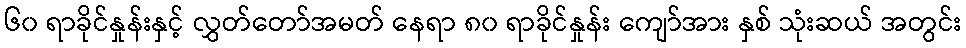
၆၀ ရာခိုင်နှုန်းနှင့် လွှတ်တော်အမတ် နေရာ ၈၀ ရာခိုင်နှုန်း ကျော်အား နှစ် သုံးဆယ် အတွင်း